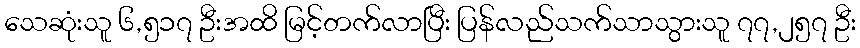
သေဆုံးသူ ၆,၅၁၇ ဦးအထိ မြင့်တက်လာပြီး ပြန်လည်သက်သာသွားသူ ၇၇,၂၅၇ ဦး